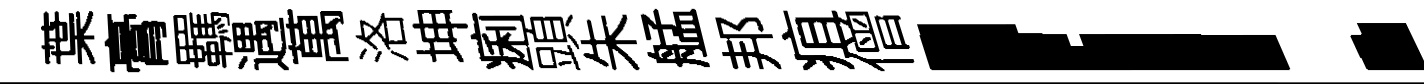
葉膏羈遇萬洛坤痢頭朱艋邦疽僧！